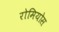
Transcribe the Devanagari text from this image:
रोमियोस